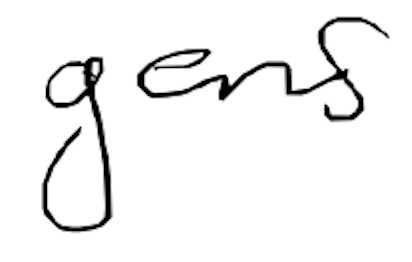
Text: gens
Cross-out: clean
Writing tool: digital_black